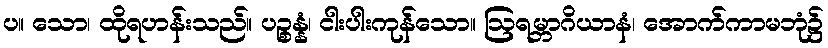
ပ။ သော၊ ထိုရဟန်းသည်။ ပဉ္စန္နံ၊ ငါးပါးကုန်သော။ ဩရမ္ဘာဂိယာနံ၊ အောက်ကာမဘုံ၌